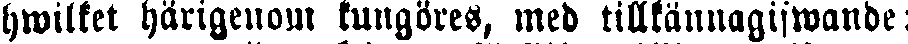
hwilket härigenom kungöres, med tillkännagifwande: